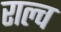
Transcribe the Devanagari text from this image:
राल्च